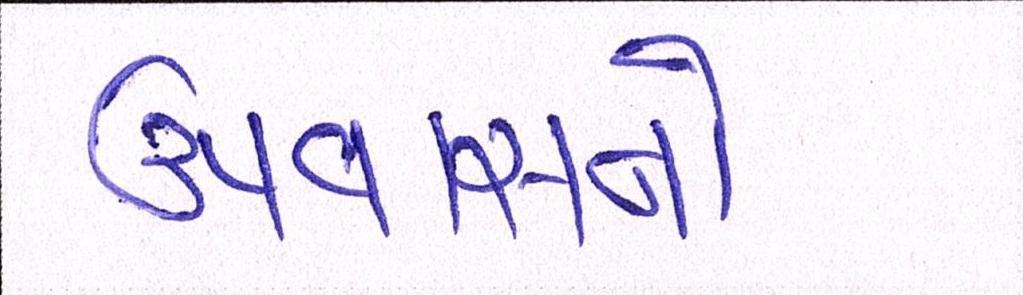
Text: ઉપવાસનો